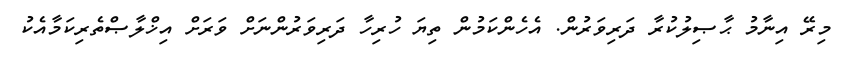
މިރޭ އިނާމު ޙާޞިލުކުރާ ދަރިވަރުން. އެހެންކަމުން ތިޔަ ހުރިހާ ދަރިވަރުންނަށް ވަރަށް އިޚްލާޞްތެރިކަމާއެކު